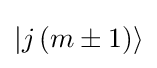
{|j\,(m\pm 1)\rangle }